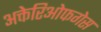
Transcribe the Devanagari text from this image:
अक्तेरिओफगेस